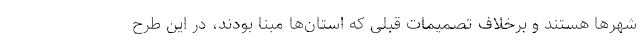
شهرها هستند و برخلاف تصمیمات قبلی که استان‌ها مبنا بودند، در این طرح